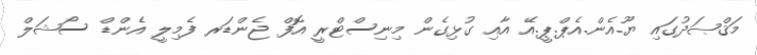
މަޤްޞަދުގައި ޔޫ.އެން.އެޕް.ޕީ.އޭ އާއި ގުޅިގެން މިނިސްޓްރީ އޮފް ޖެންޑަރ ފެމިލީ އެންޑް ސޯޝަލް